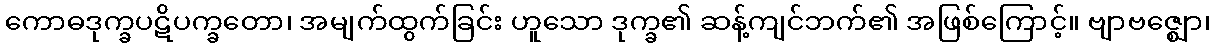
ကောဓဒုက္ခပဋိပက္ခတော၊ အမျက်ထွက်ခြင်း ဟူသော ဒုက္ခ၏ ဆန့်ကျင်ဘက်၏ အဖြစ်ကြောင့်။ ဗျာဗဇ္ဈော၊